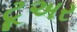
ટૂઅર